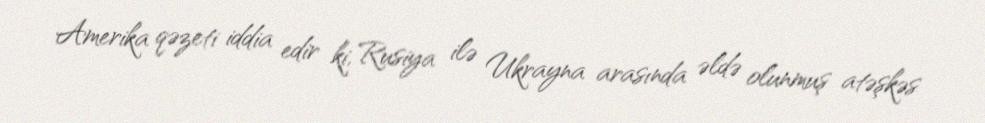
Amerika qəzeti iddia edir ki, Rusiya ilə Ukrayna arasında əldə olunmuş atəşkəs